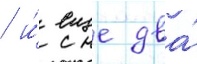
/ и́ еще два́